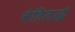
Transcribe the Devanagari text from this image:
वेटिलाई